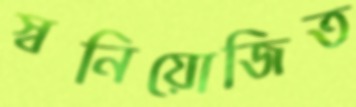
স্বনিয়োজিত